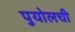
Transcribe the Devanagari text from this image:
पुयोलची